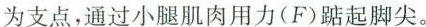
为支点，通过小腿肌肉用力(F)踮起脚尖。